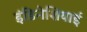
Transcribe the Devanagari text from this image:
इंडिनेशियाई